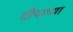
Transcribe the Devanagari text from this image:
दीपाच्या